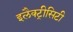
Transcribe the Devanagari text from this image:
इलैक्‍ट्रीसिटी